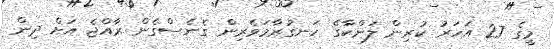
މީގެ 27 އަހަރު ކުރިން ލަންކާގެ ހަނގުރާމަވެރިން ގެނެސްގެން ރާއްޖެ އަށް ދިން